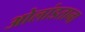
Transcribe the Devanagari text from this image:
ओलांडताना